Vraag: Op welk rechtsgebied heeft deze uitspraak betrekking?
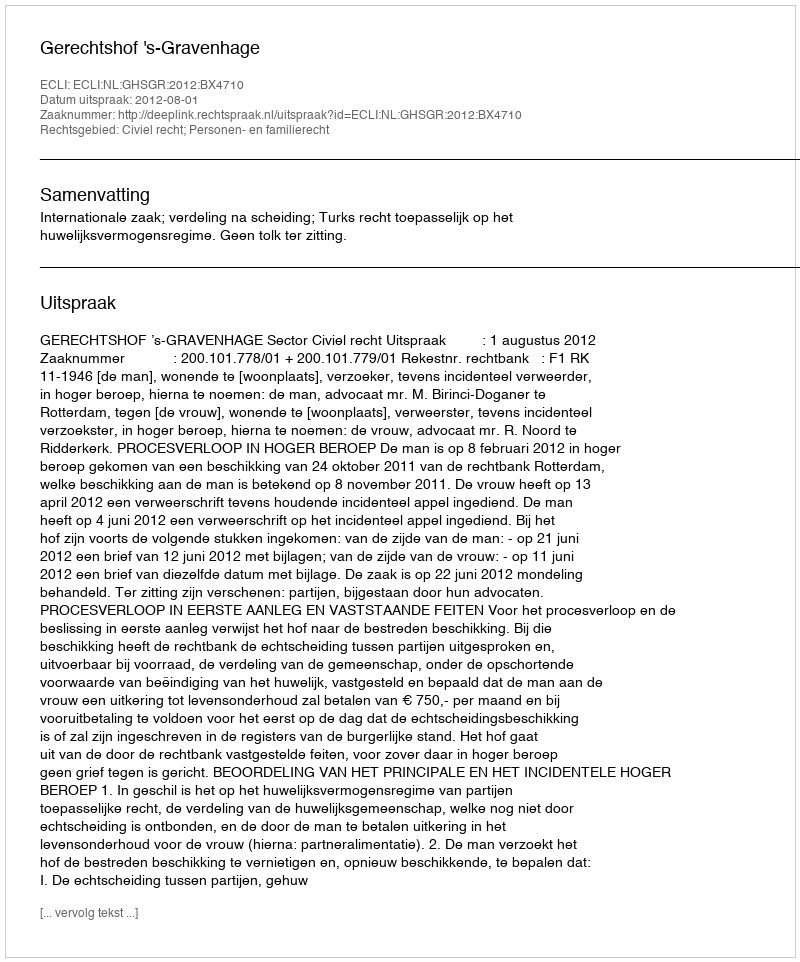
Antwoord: Civiel recht; Personen- en familierecht